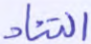
التناد